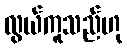
လွယ်ကူသည်ဟု